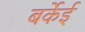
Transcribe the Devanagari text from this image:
बर्केई